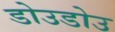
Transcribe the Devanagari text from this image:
डोउडोउ